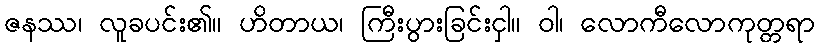
ဇနဿ၊ လူခပင်း၏။ ဟိတာယ၊ ကြီးပွားခြင်းငှါ။ ဝါ၊ လောကီလောကုတ္တရာ